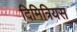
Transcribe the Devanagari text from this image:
दिमित्रियस